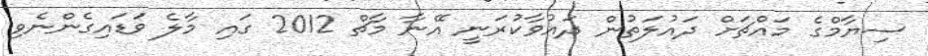
ސިޔާމްގެ މައްޗަށް ދައުލަތުން ދައުވާކުރަނީ އޭނާ މާޗް 2012 ގައި މާލެ ވަޑައިގެންނެވި